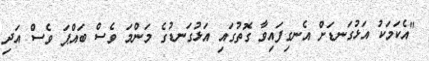
"އެކަމަކު އަޅުގަނޑަށް އެނގިފައިވާ ގޮތުގައި އަޅުގަނޑުގެ މަންމަ ވެސް ބައްޕަ ވެސް އަދި